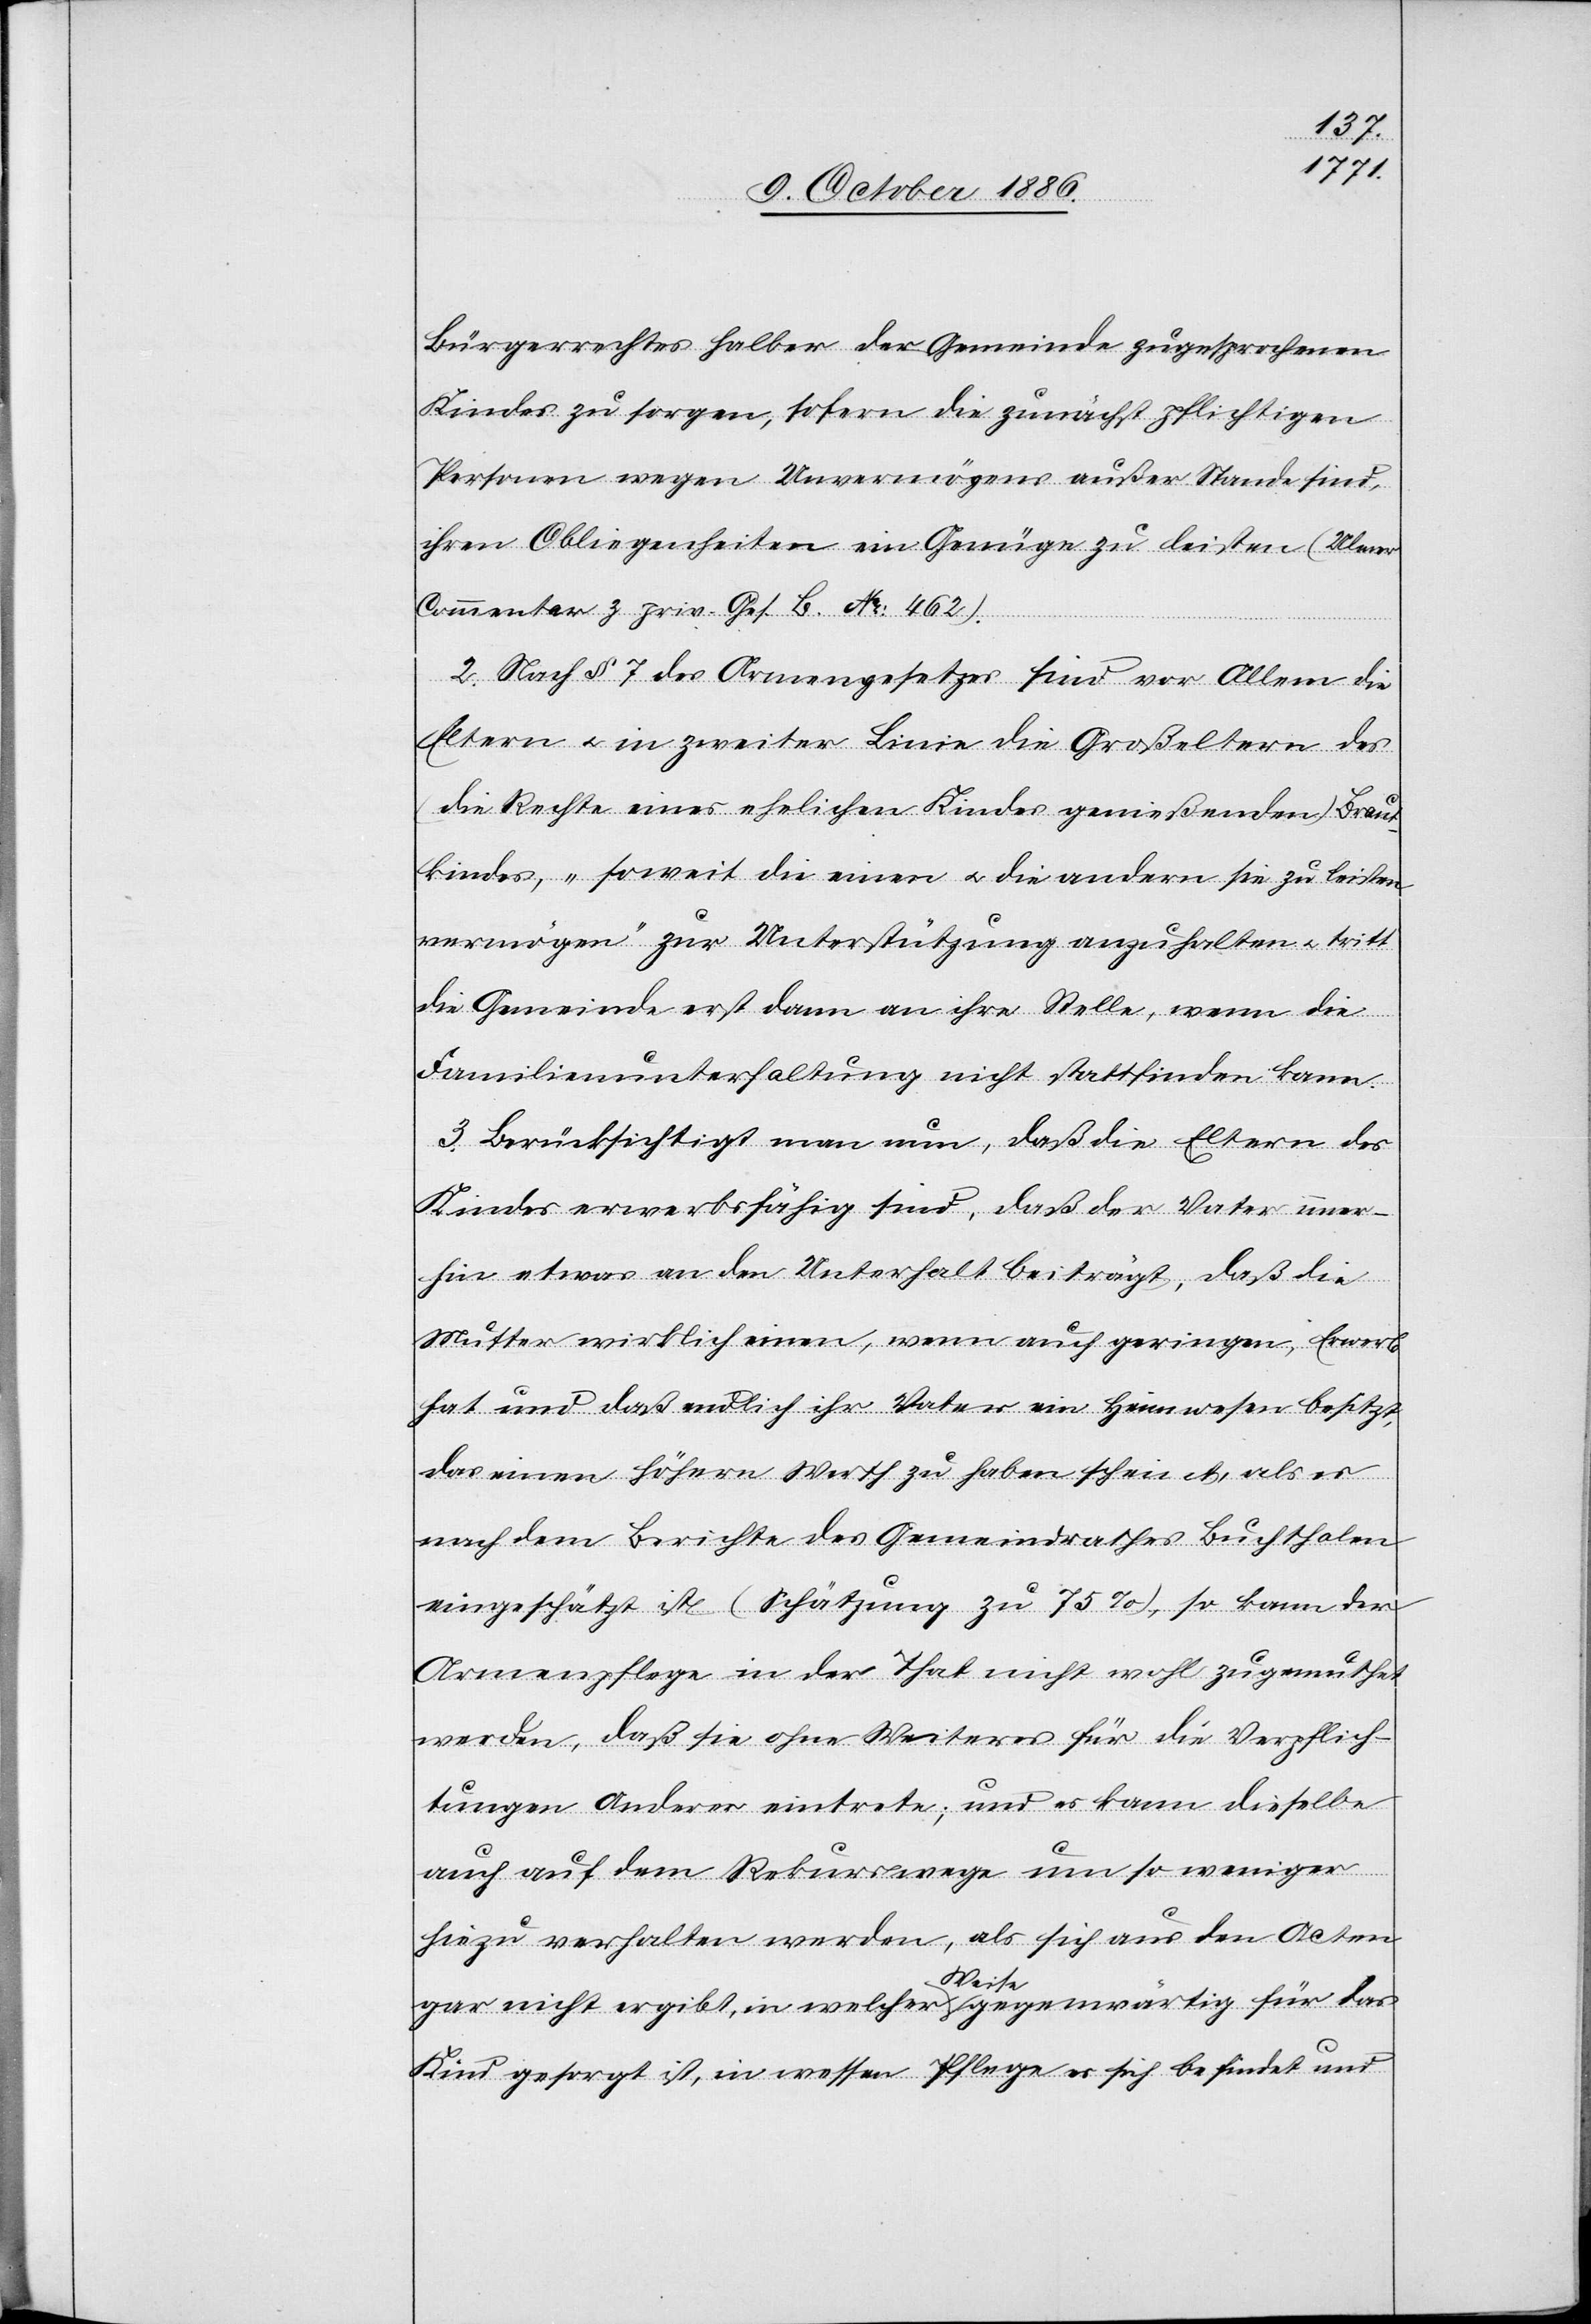
Bürgerrechtes halber der Gemeinde zugesprochenen
Kindes zu sorgen, sofern die zunächst pflichtigen
Personen wegen Unvermögens außer Stande sind,
ihren Obliegenheiten ein Genüge zu leisten (Ulmer
Commentar z. priv. Ges. B. No: 462).
2. Nach § 7 des Armengesetzes sind vor Allem die
Eltern & in zweiter Linie die Großeltern des
(die Rechte eines ehelichen Kindes genießenden) Braut¬
kindes, „soweit die einen & die andern sie zu leisten
vermögen“ zur Unterstützung anzuhalten & tritt
die Gemeinde erst dann an ihre Stelle, wenn die
Familienunterhaltung nicht stattfinden kann.
3. Berücksichtigt man nun, daß die Eltern des
Kindes erwerbsfähig sind, daß der Vater immer¬
hin etwas an den Unterhalt beiträgt, daß die
Mutter wirklich einen, wenn auch geringen, Erwerb
hat und daß endlich ihr Vater ein Heimwesen besitzt,
das einen höhern Werth zu haben scheint, als es
nach dem Berichte des Gemeindrathes Buchthalen
eingeschätzt ist (Schätzung zu 75%), so kann der
Armenpflege in der That nicht wohl zugemuthet
werden, daß sie ohne Weiteres für die Verpflich¬
tungen Anderer eintrete; und es kann dieselbe
auch auf dem Rekurswege um so weniger
hiezu verhalten werden, als sich aus den Acten
gar nicht ergibt, in welcher Weise gegenwärtig für das
Kind gesorgt ist, in wessen Pflege es sich befindet und